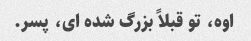
اوه، تو قبلاً بزرگ شده ای، پسر.